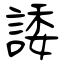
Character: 諉